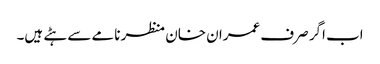
اب اگر صرف عمران خان منظر نامے سے ہٹے ہیں۔